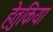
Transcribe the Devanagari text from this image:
हेतुकिया